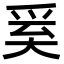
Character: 𭑑